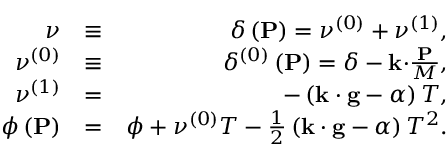
\begin{array} { r l r } { \nu } & { \equiv } & { \delta \left( \mathbf { P } \right) = \nu ^ { \left( 0 \right) } + \nu ^ { \left( 1 \right) } , } \\ { \nu ^ { \left( 0 \right) } } & { \equiv } & { \delta ^ { \left( 0 \right) } \left( \mathbf { P } \right) = \delta - \mathbf { k \cdot } \frac { \mathbf { P } } { M } , } \\ { \nu ^ { \left( 1 \right) } } & { = } & { - \left( \mathbf { k \cdot g } - \alpha \right) T , } \\ { \phi \left( \mathbf { P } \right) } & { = } & { \phi + \nu ^ { \left( 0 \right) } T - \frac { 1 } { 2 } \left( \mathbf { k \cdot g } - \alpha \right) T ^ { 2 } . } \end{array}